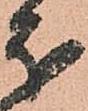
分